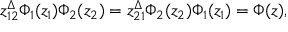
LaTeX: z _ { 1 2 } ^ { \Delta } { \Phi _ { 1 } ( z _ { 1 } ) } { \Phi _ { 2 } ( z _ { 2 } ) } = z _ { 2 1 } ^ { \Delta } { \Phi _ { 2 } ( z _ { 2 } ) } { \Phi _ { 1 } ( z _ { 1 } ) } = \Phi ( z ) ,